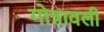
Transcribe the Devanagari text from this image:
गोत्रावली